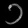
Digit: ၁